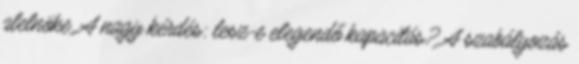
alelnöke. A nagy kérdés: lesz-e elegendő kapacitás? A szabályozás